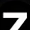
Digit: 7